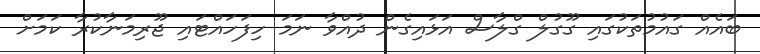
ބައެއް ގައުމުތަކުގައި ގޫގުލް ގްލާސް އަޅައިގެން ދުއްވާ ނަމަ ހިފަހައްޓައި ޖޫރިމަނާކުރާ ކަމަށް